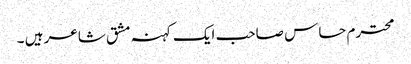
محترم حساس صاحب ایک کہنہ مشق شاعر ہیں ۔